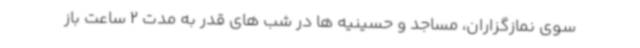
سوی نمازگزاران، مساجد و حسینیه ها در شب های قدر به مدت 2 ساعت باز